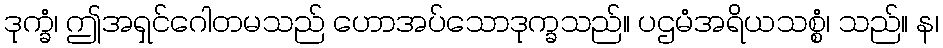
ဒုက္ခံ၊ ဤအရှင်ဂေါတမသည် ဟောအပ်သောဒုက္ခသည်။ ပဌမံအရိယသစ္စံ၊ သည်။ န၊